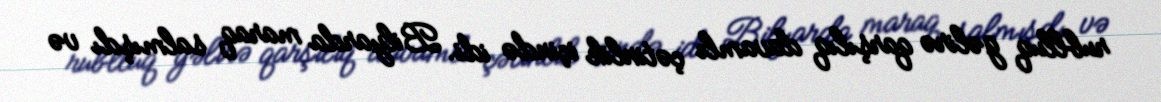
rublluq gəlirə qarşılıq davamlı çətinlik içində idi. Bilyarda maraq salmışdı və